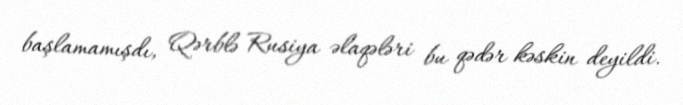
başlamamışdı, Qərblə Rusiya əlaqələri bu qədər kəskin deyildi.